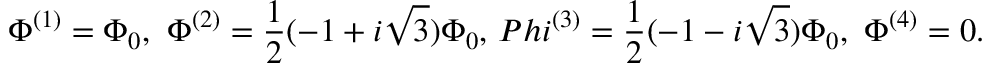
\Phi ^ { ( 1 ) } = \Phi _ { 0 } , \ \Phi ^ { ( 2 ) } = \frac { 1 } { 2 } ( - 1 + i \sqrt { 3 } ) \Phi _ { 0 } , \, P h i ^ { ( 3 ) } = \frac { 1 } { 2 } ( - 1 - i \sqrt { 3 } ) \Phi _ { 0 } , \ \Phi ^ { ( 4 ) } = 0 .